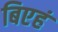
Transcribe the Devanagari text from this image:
बिएहं